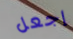
إجعل